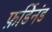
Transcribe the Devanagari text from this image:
फ़र्डिनंड